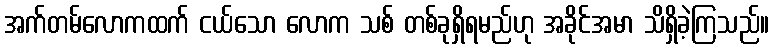
အက်တမ်လောကထက် ငယ်သော လောက သစ် တစ်ခုရှိရမည်ဟု အခိုင်အမာ သိရှိခဲ့ကြသည်။